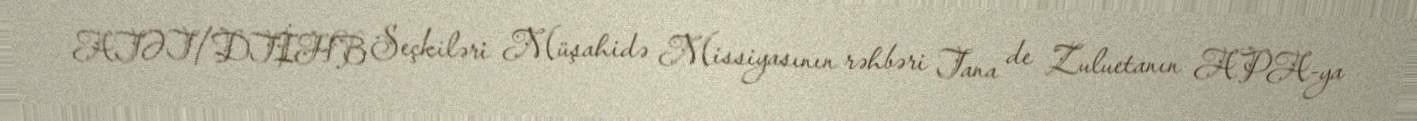
ATƏT/DTİHB Seçkiləri Müşahidə Missiyasının rəhbəri Tana de Zuluetanın APA-ya